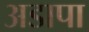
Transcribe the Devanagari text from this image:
अडापा